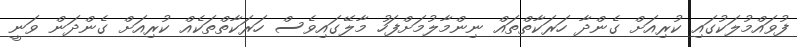
ފުވައްމުލަކުގައި ކުރިއަށް ގެންދާ ހަރަކާތްތައް ނިންމާލުމަށްފަހު މާލޭގައިވެސް ހަރަކާތްތަކެއް ކުރިއަށް ގެންދަން ވަނީ